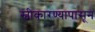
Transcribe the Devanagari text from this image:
स्वीकारण्यापासून